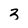
Character: 3